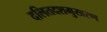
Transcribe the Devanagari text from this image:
दलितदशमुखरण